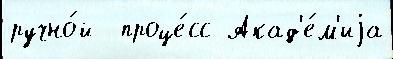
ручно́й  проце́сс Акад'е́м'иjа